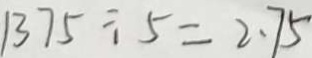
1 3 7 5 \div 5 = 2 . 7 5